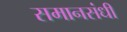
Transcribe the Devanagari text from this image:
समानसंधी